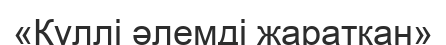
«Күллі әлемді жаратқан»